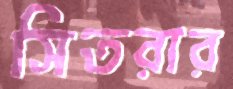
সিতরার